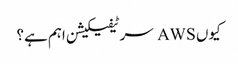
کیوں AWS سرٹیفیکیشن اہم ہے؟